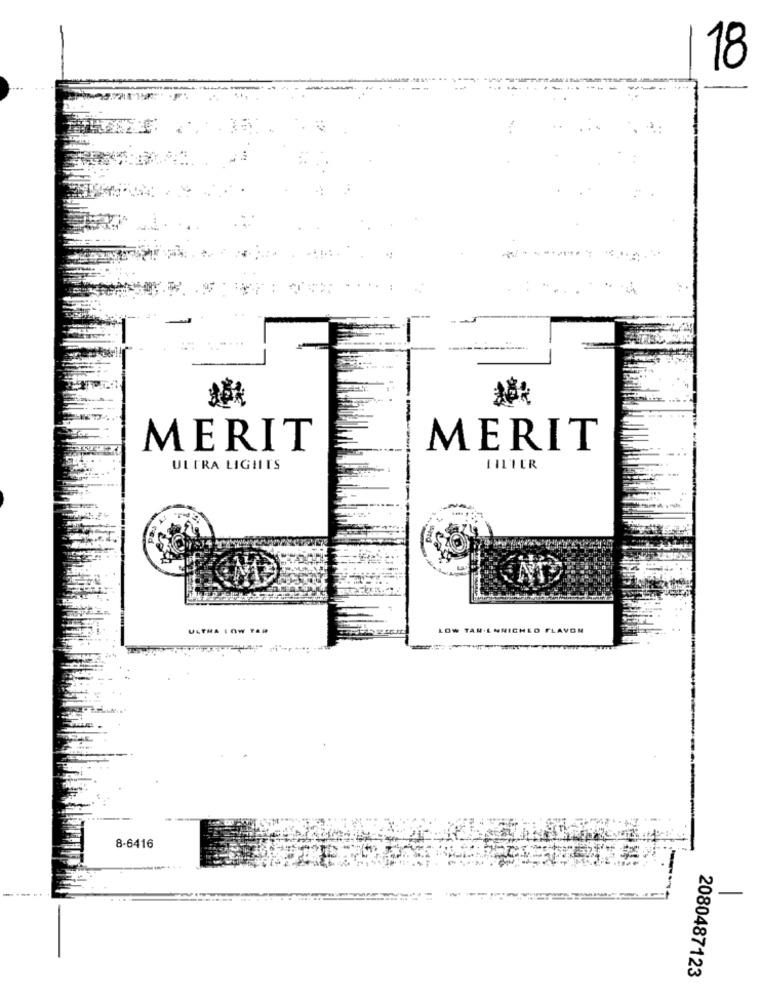
18
MERIT
MERIT
ULTRA LIGHTS
LILIER
ULTRA LOW TAR
LOW TAN.ENRICHED FLAVON
..
8-6416
2080487123